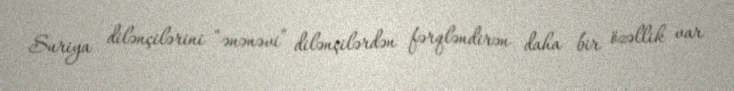
Suriya dilənçilərini “ənənəvi” dilənçilərdən fərqləndirən daha bir özəllik var